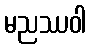
မညဿဝါ